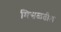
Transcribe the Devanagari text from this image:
मिसळतील